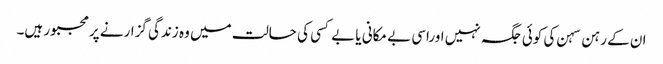
ان کے رہن سہن کی کوئی جگہ نہیں اوراسی بے مکانی یا بے کسی کی حالت میں وہ زندگی گزارنے پر مجبور ہیں۔